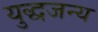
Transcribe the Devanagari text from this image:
युद्धजन्‍य